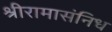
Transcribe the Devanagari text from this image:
श्रीरामासंनिध